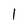
Character: 1